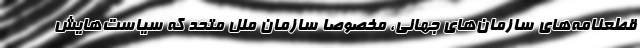
قطعنامه‌های سازمان‌های جهانی، مخصوصاً سازمان ملل متحد که سیاست‌هایش